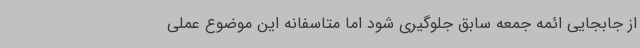
از جابجایی ائمه جمعه سابق جلوگیری شود اما متاسفانه این موضوع عملی